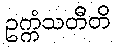
ဥက္ကံသတီတိ